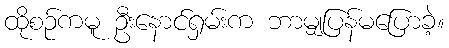
ထိုစဉ်ကမူ ဦးနောင်ရှမ်းက ဘာမျှပြန်မပြောခဲ့။